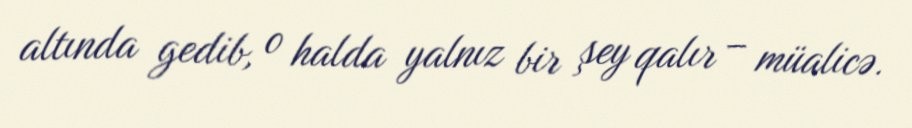
altında gedib, o halda yalnız bir şey qalır – müalicə.